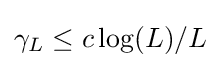
\gamma _{L}\leq c\log(L)/L